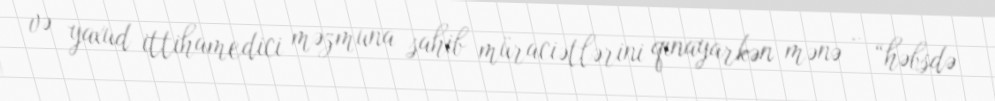
və yaxud ittihamedici məzmuna sahib müraciətlərini qınayarkən mənə - “həbsdə